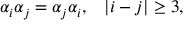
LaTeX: \begin{array} { c c } { { \alpha _ { i } \alpha _ { j } = \alpha _ { j } \alpha _ { i } , } } & { { | i - j | \geq 3 , } } \end{array}